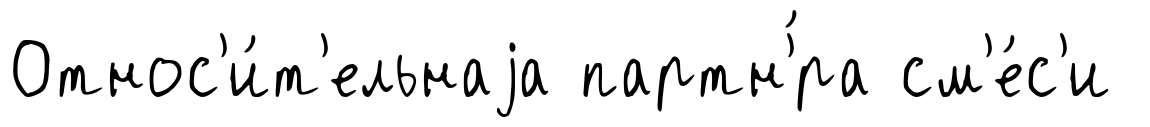
Относ'и́т'ельнаjа партн'́ра см'е́с'и